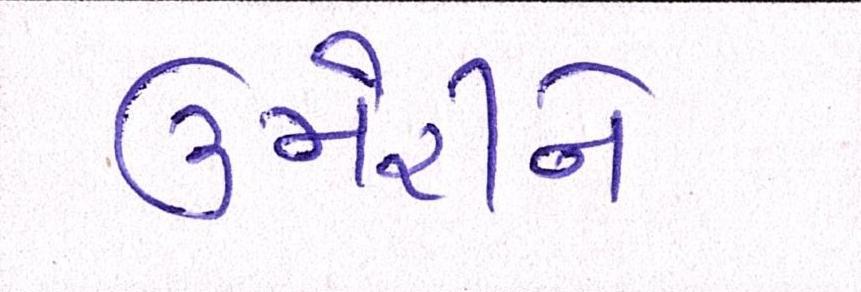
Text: ઉમેરીને